Report of the Indian Hemp Drugs Commission, 1894-1895 - Volume IV
Year: 1894
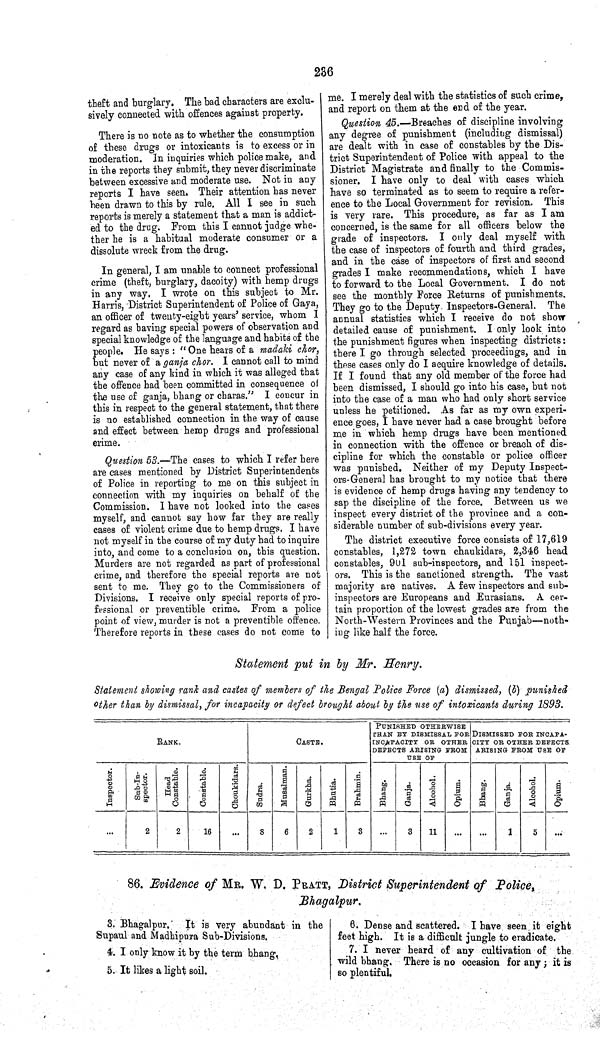
236
theft and burglary. The bad characters are exclu-
sively connected with offences against property.
There is no note as to whether the consumption
of these drugs or intoxicants is to excess or in
moderation. In inquiries which police make, and
in the reports they submit, they never discriminate
between excessive and moderate use. Not in any
reports I have seen. Their attention has never
been drawn to this by rule. All I see in such
reports is merely a statement that a man is addict-
ed to the drug. From this I cannot judge whe-
ther he is a habitual moderate consumer or a
dissolute wreck from the drug.
In general, I am unable to connect professional
crime (theft, burglary, dacoity) with hemp drugs
in any way. I wrote on this subject to Mr.
Harris, District Superintendent of Police of Gaya,
an officer of twenty-eight years' service, whom I
regard as having special powers of observation and
special knowledge of the language and habits of the
people. He says: "One hears of a madaki chor,
but never of a ganja chor. I cannot call to mind
any case of any kind in which it was alleged that
the offence had been committed in consequence of
the use of ganja, bhang or charas." I concur in
this in respect to the general statement, that there
is no established connection in the way of cause
and effect between hemp drugs and professional
crime.
Question 53.—The cases to which I refer here
are cases mentioned by District Superintendents
of Police in reporting to me on this subject in
connection with my inquiries on behalf of the
Commission. I have not looked into the cases
myself, and cannot say how far they are really
cases of violent crime due to hemp drugs. I have
not myself in the course of my duty had to inquire
into, and come to a conclusion on, this question.
Murders are not regarded as part of professional
crime, and therefore the special reports are not
sent to me. They go to the Commissioners of
Divisions. I receive only special reports of pro-
fessional or preventible crime. From a police
point of view, murder is not a preventible offence.
Therefore reports in these cases do not come to
me. I merely deal with the statistics of such crime,
and report on them at the end of the year.
Question 45.—Breaches of discipline involving
any degree of punishment (including dismissal)
are dealt with in case of constables by the Dis-
trict Superintendent of Police with appeal to the
District Magistrate and finally to the Commis-
sioner. I have only to deal with cases which
have so terminated as to seem to require a refer-
ence to the Local Government for revision. This
is very rare. This procedure, as far as I am
concerned, is the same for all officers below the
grade of inspectors. I only deal myself with
the case of inspectors of fourth and third grades,
and in the case of inspectors of first and second
grades Imake recommendations, which I have
to forward to the Local Government. I do not
see the monthly Force Returns of punishments.
They go to the Deputy. Inspectors-General. The
annual statistics which I receive do not show
detailed cause of punishment. I only look into
the punishment figures when inspecting districts:
there I go through selected proceedings, and in
these cases only do I acquire knowledge of details.
If I found that any old member of the force had
been dismissed, I should go into his case, but not
into the case of a man who had only short service
unless he petitioned. As far as my own experi-
ence goes, I have never had a case brought before
me in which hemp drugs have been mentioned
in connection with the offence or breach of dis-
cipline for which the constable or police officer
was punished. Neither of my Deputy Inspect-
ors-General has brought to my notice that there
is evidence of hemp drugs having any tendency to
sap the discipline of the force. Between us we
inspect every district of the province and a con-
siderable number of sub-divisions every year.
The district executive force consists of 17,619
constables, 1,272 town chaukidars, 2,346 head
constables, 901 sub-inspectors, and 151 inspect-
ors. This is the sanctioned strength. The vast
majority are natives. A few inspectors and sub-
inspectors are Europeans and Eurasians. A cer-
tain proportion of the lowest grades are from the
North-Western Provinces and the Punjab—noth-
ing like half the force.
Statement put in by Mr. Henry.
Statement showing rank and castes of members of the Bengal Police Force (a) dismissed, (b) punished
other than by dismissal, for incapacity or defect brought about by the use of intoxicants during 1893.
RANK.
CASTE.
PUNISHED OTHERWISE
THAN BY DISMISSAL FOR
INCAPACITY OR OTHER
DEFECTS ARISING FROM
USE OF
DISMISSED FOR INCAPA-
CITY OR OTHER DEFECTS.
ARISING FROM USE OF
Inspector. Sub-In-
spector.
Head
Constable. Constable.
Choukidars.
Sudra. Musalman.
Gurkha.
Bhutia.
Brahmin. Bhang. Ganja. Alcohol.
Opium.
Bhang. Ganja. Alcohol. Opium.
2
2
16
8
6
2
1
3
3
11
1
5
86. Evidence of MR. W. D. PRATT, District Superintendent of
Police,
Bhagalpur.
3. Bhagalpur.
It is very abundant in the
Supaul and Madhipura Sub-Divisions.
4. I only know it by the term bhang,
5. It likes a light soil.
6. Dense and scattered. I have seen it eight
feet high. It is a difficult jungle to eradicate.
7. I never heard of any cultivation of the
wild bhang. There is no occasion for any; it is
so plentiful.